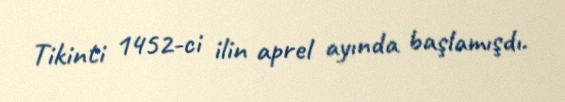
Tikinti 1452-ci ilin aprel ayında başlamışdı.